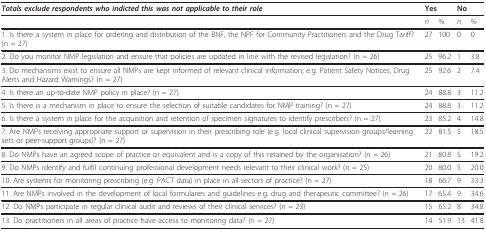
<table><thead><tr><td><b><i>Totals exclude respondents who indicted this was not applicable to their role</i></b></td><td colspan="2"><b>Yes</b></td><td colspan="2"><b>No</b></td></tr></thead><tbody><tr><td></td><td><i>n</i></td><td>%</td><td><i>n</i></td><td>%</td></tr><tr><td>1. Is there a system in place for ordering and distribution of the BNF, the NPF for Community Practitioners and the Drug Tariff? (n = 27)</td><td>27</td><td>100</td><td>0</td><td>0</td></tr><tr><td>2. Do you monitor NMP legislation and ensure that policies are updated in line with the revised legislation? (n = 26)</td><td>25</td><td>96.2</td><td>1</td><td>3.8</td></tr><tr><td>3. Do mechanisms exist to ensure all NMPs are kept informed of relevant clinical information, e.g. Patient Safety Notices, Drug Alerts and Hazard Warnings? (n = 27)</td><td>25</td><td>92.6</td><td>2</td><td>7.4</td></tr><tr><td>4. Is there an up-to-date NMP policy in place? (n = 27)</td><td>24</td><td>88.8</td><td>3</td><td>11.2</td></tr><tr><td>5. Is there is a mechanism in place to ensure the selection of suitable candidates for NMP training? (n = 27)</td><td>24</td><td>88.8</td><td>3</td><td>11.2</td></tr><tr><td>6. Is there a system in place for the acquisition and retention of specimen signatures to identify prescribers? (n = 27)</td><td>23</td><td>85.2</td><td>4</td><td>14.8</td></tr><tr><td>7. Are NMPs receiving appropriate support or supervision in their prescribing role (e.g. local clinical supervision groups/learning sets or peer-support groups)? (n = 27)</td><td>22</td><td>81.5</td><td>5</td><td>18.5</td></tr><tr><td>8. Do NMPs have an agreed scope of practice or equivalent and is a copy of this retained by the organisation? (n = 26)</td><td>21</td><td>80.8</td><td>5</td><td>19.2</td></tr><tr><td>9. Do NMPs identify and fulfil continuing professional development needs relevant to their clinical work? (n = 25)</td><td>20</td><td>80.0</td><td>5</td><td>20.0</td></tr><tr><td>10. Are systems for monitoring prescribing (e.g. PACT data) in place in all sectors of practice? (n = 27)</td><td>18</td><td>66.7</td><td>9</td><td>33.3</td></tr><tr><td>11. Are NMPs involved in the development of local formularies and guidelines e.g. drug and therapeutic committee? (n = 26)</td><td>17</td><td>65.4</td><td>9</td><td>34.6</td></tr><tr><td>12. Do NMPs participate in regular clinical audit and reviews of their clinical services? (n = 23)</td><td>15</td><td>65.2</td><td>8</td><td>34.8</td></tr><tr><td>13. Do practitioners in all areas of practice have access to monitoring data? (n = 27)</td><td>14</td><td>51.9</td><td>13</td><td>41.8</td></tr></tbody></table>